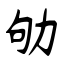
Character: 劬